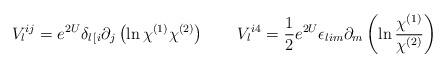
LaTeX: \begin{align*}V_l{}^{ij} = e^{2U} \delta_{l\, [i} \partial _j\left ( \ln \chi^{(1)}\chi^{(2)}\right ) \qquad V_l{}^{i4} = {1\over 2} e^{2U} \epsilon_{lim}\partial _m \left ( \ln {\chi^{(1)}\over\chi^{(2)}}\right )\end{align*}